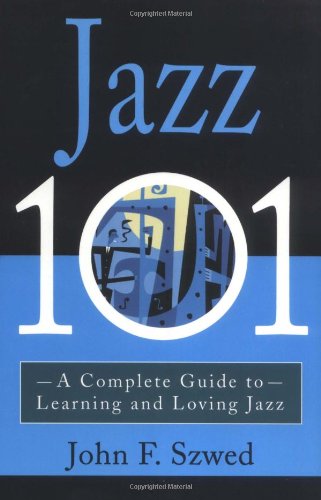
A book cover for Jazz 101: A Complete Guide to Learning and Loving Jazz; John Szwed; Reference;